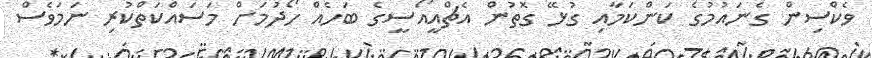
ވެކްސިން ގެނައުމުގެ ކަންކަމާއި ގުޅޭ ގޮތުން އެޗްއީއޯސީގެ ބަހެއް ހޯދުމަށް މަސައްކަތްކުރި ނަމަވެސް